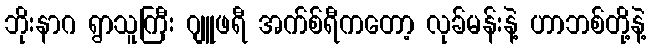
ဘိုးနာဂ ရွာသူကြီး ဂျူဖရီ အက်စ်ရီကတော့ လုခ်မန်းနဲ့ ဟာဘစ်တို့နဲ့